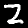
Label: 2